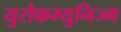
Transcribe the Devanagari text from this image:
युरोकम्युनिज्म